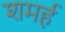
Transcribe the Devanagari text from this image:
शमर्ह